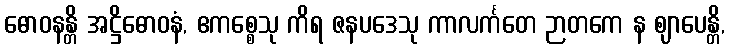
ဓောဝနန္တိ အဋ္ဌိဓောဝနံ, ဧကစ္စေသု ကိရ ဇနပဒေသု ကာလင်္ကတေ ဉာတကေ န ဈာပေန္တိ,